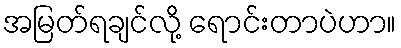
အမြတ်ရချင်လို့ ရောင်းတာပဲဟာ။